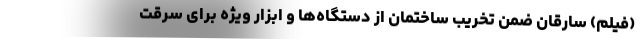
(فیلم) سارقان ضمن تخریب ساختمان از دستگاه‌ها و ابزار ویژه برای سرقت